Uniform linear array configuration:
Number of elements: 64
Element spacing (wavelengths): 1
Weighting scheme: kaiser
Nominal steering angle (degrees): -60
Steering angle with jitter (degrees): -59.975
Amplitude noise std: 0.05
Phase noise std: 0.05

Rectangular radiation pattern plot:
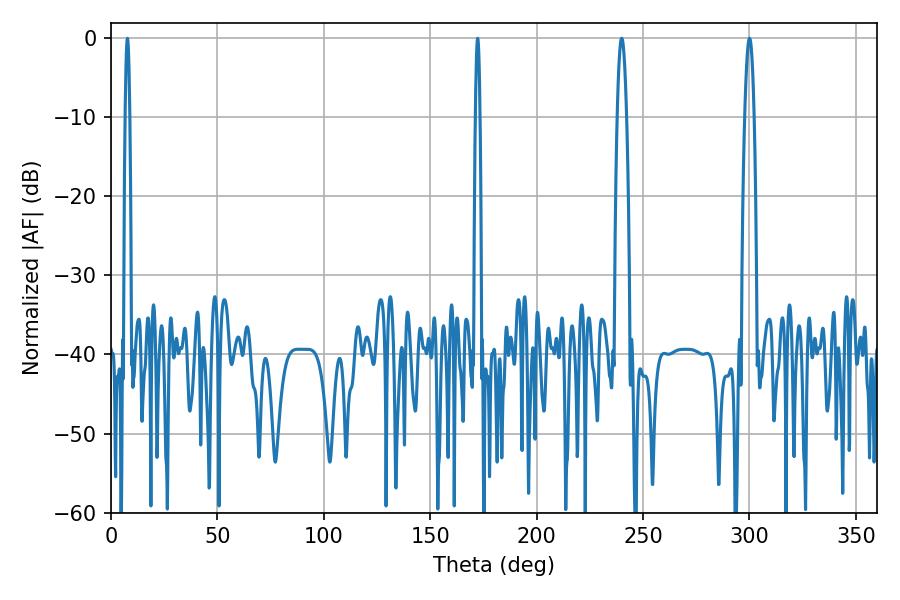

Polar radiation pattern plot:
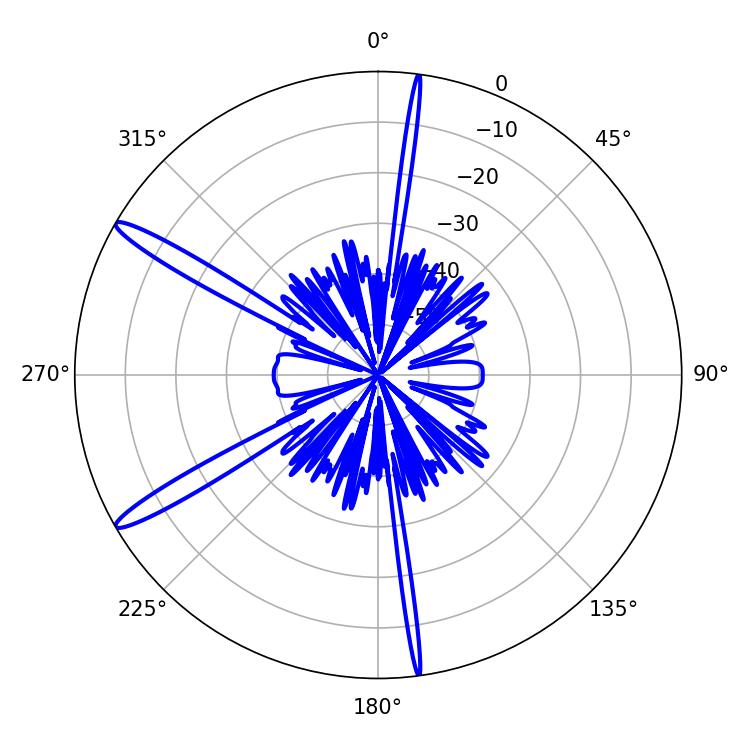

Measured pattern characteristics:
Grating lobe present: TRUE
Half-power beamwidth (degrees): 2.34
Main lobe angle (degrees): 239.94